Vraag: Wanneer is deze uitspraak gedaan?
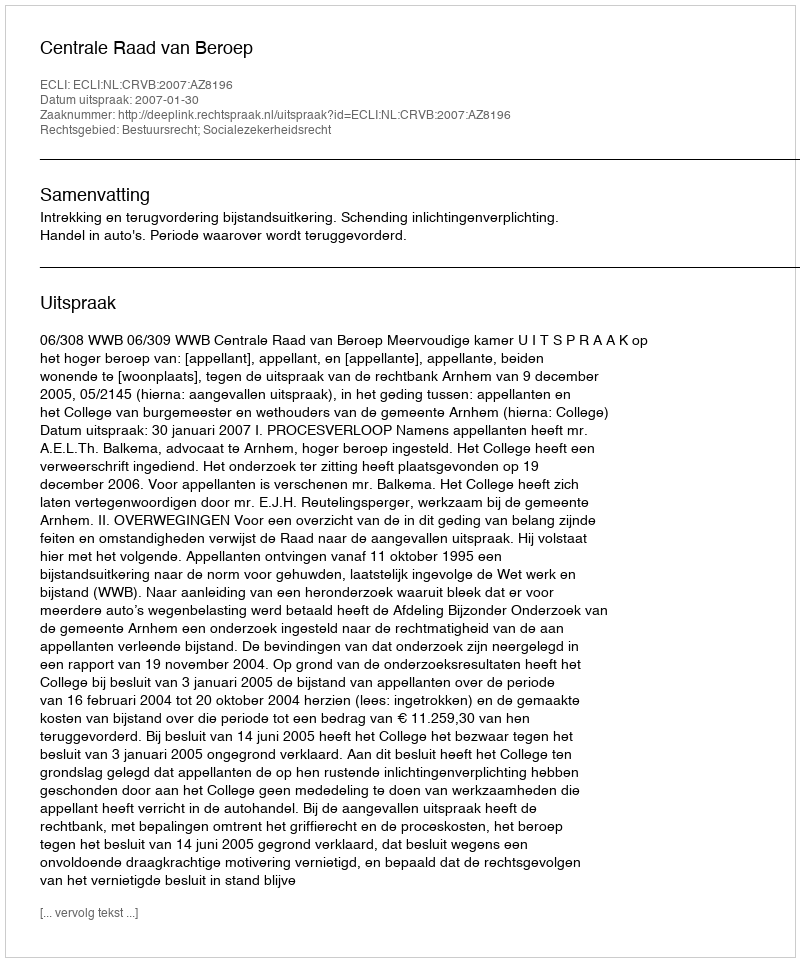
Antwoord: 2007-01-30